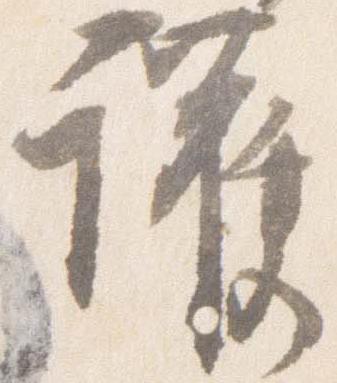
護